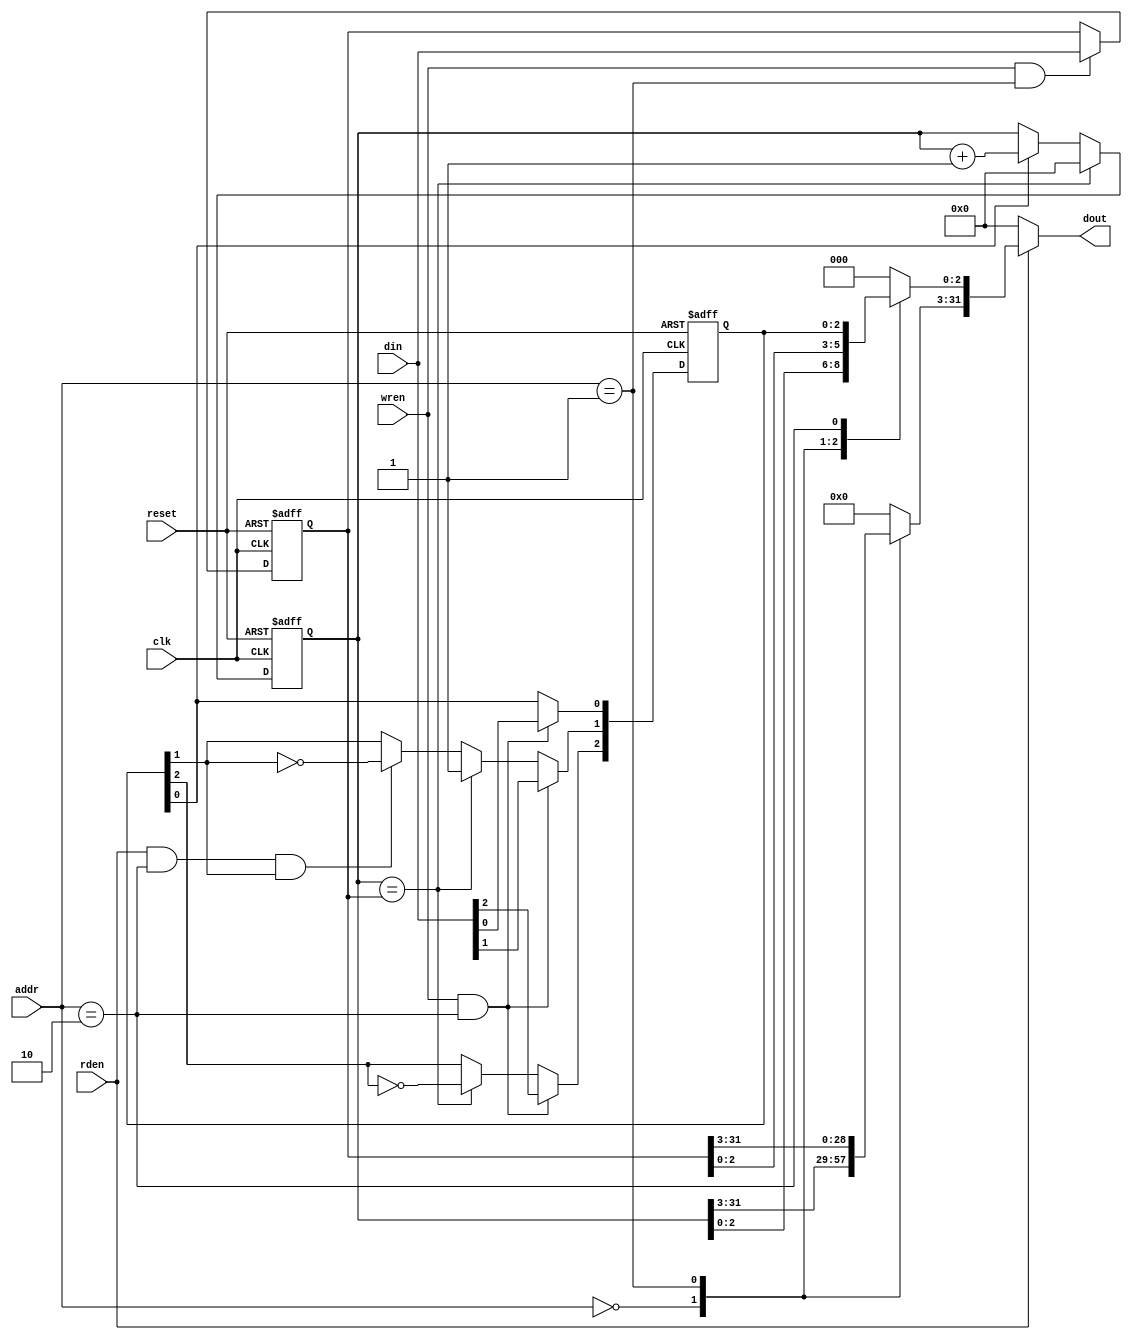
`timescale 1ns / 1ps
//////////////////////////////////////////////////////////////////////////////////
// Company: 
// Engineer: 
// 
// Design Name: 
// Module Name:    timer32 
// Project Name: 
// Target Devices: 
// Tool versions: 
// Description: 
//
// Dependencies: 
//
// Revision: 
// Revision 0.01 - File Created
// Additional Comments: 
//
//////////////////////////////////////////////////////////////////////////////////
module timer32(clk, reset, din, dout, wren, rden, addr);
	 
input clk, reset, wren, rden;
input [31:0] din;
output [31:0] dout;
input [1:0] addr;

reg [31:0] out, out2, timer, period;
// bits [0] enable, [1] TMR , [2] Toggle
reg [2:0] control;
// control commands

`define TIMER_REG   	2'b00
`define PERIOD_REG  	2'b01
`define CONTROL_REG 	2'b10
`define DUMMY_REG   	2'b11
`define ZERO			32'h00000000
`define COUNT        control[0]
`define TMR				control[1]
`define TOGGLE       control[2]

parameter PERIOD = 32'h0000000F;  //must have this initial value
parameter ENBIT = 1'b0;


always @(posedge clk or posedge reset) begin
	if(reset) begin
		timer<= `ZERO;
		period <= PERIOD;
		`COUNT = ENBIT;
		`TMR = 0;
		`TOGGLE = 0;
	end
	else begin
	//alot of if statements start here
	//count
	if(`COUNT) begin
		timer <= timer + 1;
		end
		
	//read control
	if(rden & (addr == `CONTROL_REG) & `TMR)
		`TMR = ~`TMR;
	
	// throw TMR flag/toggle bit
	if(timer == period) begin
		`TMR = 1;
		`TOGGLE = ~`TOGGLE;
		timer <= `ZERO;
		end

		
	//write to period reg
	if(wren & (addr == `PERIOD_REG))
		period <=  din;
		
	//write to control reg !!!!!leave bot!!!!!
	if(wren & (addr == `CONTROL_REG)) begin
		`TMR = ~`TMR;
		`COUNT = din[0];
		`TMR = din[1];
		`TOGGLE = din[2];
		end
	end
end

//out 4-1 mux
always @* begin
out = `ZERO;
	case(addr)
		`TIMER_REG:
			out = timer;
		`PERIOD_REG:
			out = period;
		`CONTROL_REG:
			out[2:0] = control;
	endcase
end

//read mux
always @* begin
out2 = `ZERO;
	case(rden)
		1'b1:
			out2 = out;
	endcase
end

assign dout = out2;
 
endmodule